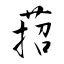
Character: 萔